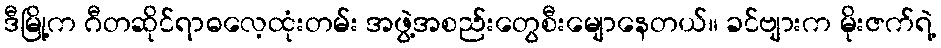
ဒီမြို့က ဂီတဆိုင်ရာဓလေ့ထုံးတမ်း အဖွဲ့အစည်းတွေစီးမျောနေတယ်။ ခင်ဗျားက မိုးဇက်ရဲ့